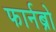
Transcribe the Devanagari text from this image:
फार्नब्रो